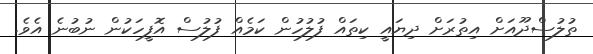
ތުލުސްދޫއަށް އިތުރަށް ދިޔައީ ކިތައް ފުލުހުން ކަމެއް ފުލުސް އޮފީހަކުން ނުބުނެ އެވެ.